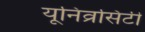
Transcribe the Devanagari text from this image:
यूनिव्रसिटी